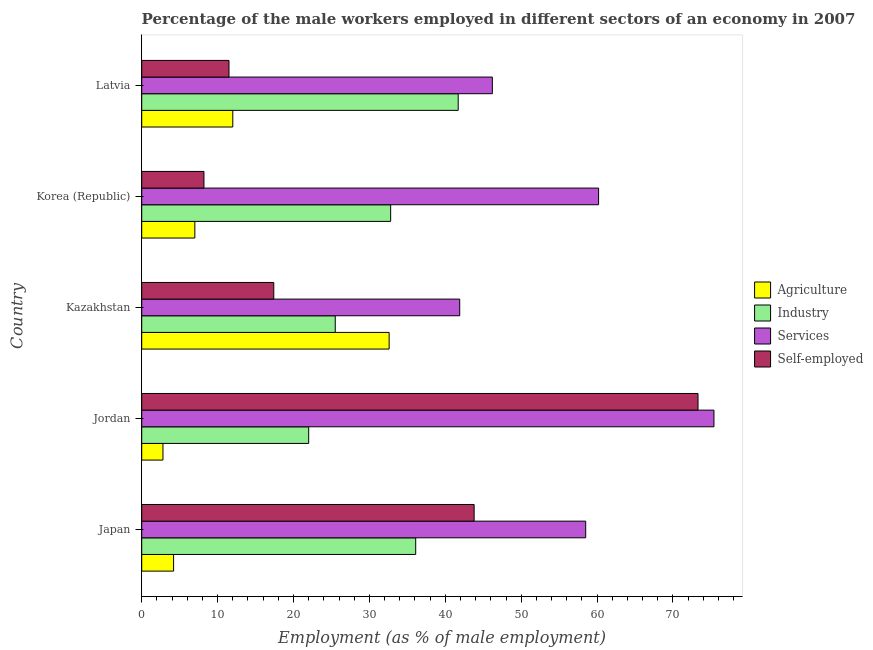
| Country | Agriculture | Industry | Services | Self-employed |
 | --- | --- | --- | --- | --- |
 | Japan | 4.2 | 36.1 | 58.5 | 43.8 |
 | Jordan | 2.8 | 22 | 75.4 | 73.3 |
 | Kazakhstan | 32.6 | 25.5 | 41.9 | 17.4 |
 | Korea (Republic) | 7 | 32.8 | 60.2 | 8.2 |
 | Latvia | 12 | 41.7 | 46.2 | 11.5 |